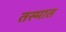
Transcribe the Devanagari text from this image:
तस्मात